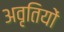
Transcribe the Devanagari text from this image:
अवृतियों